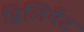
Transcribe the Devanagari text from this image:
ब्रिलियैंट